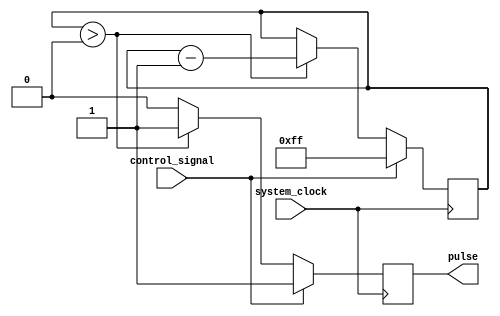
module variable_pulse_width_generator (
    input wire system_clock,
    input wire control_signal,
    output reg pulse
);

reg [7:0] pulse_width_counter;

always @(posedge system_clock) begin
    if (control_signal == 1'b1) begin
        pulse <= 1'b1;
        pulse_width_counter <= 8'b11111111;
    end else begin
        if (pulse_width_counter > 8'b00000000) begin
            pulse <= 1'b1;
            pulse_width_counter <= pulse_width_counter - 1;
        end else begin
            pulse <= 1'b0;
        end
    end
end

endmodule